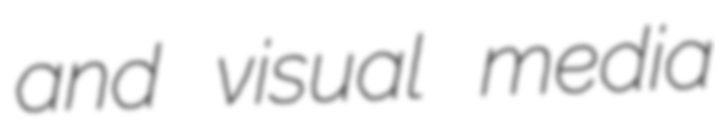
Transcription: and visual media